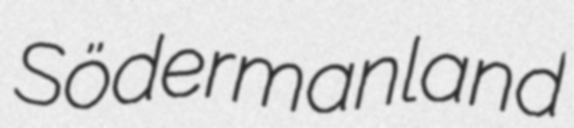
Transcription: Södermanland